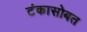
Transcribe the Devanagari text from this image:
टंकासोबत